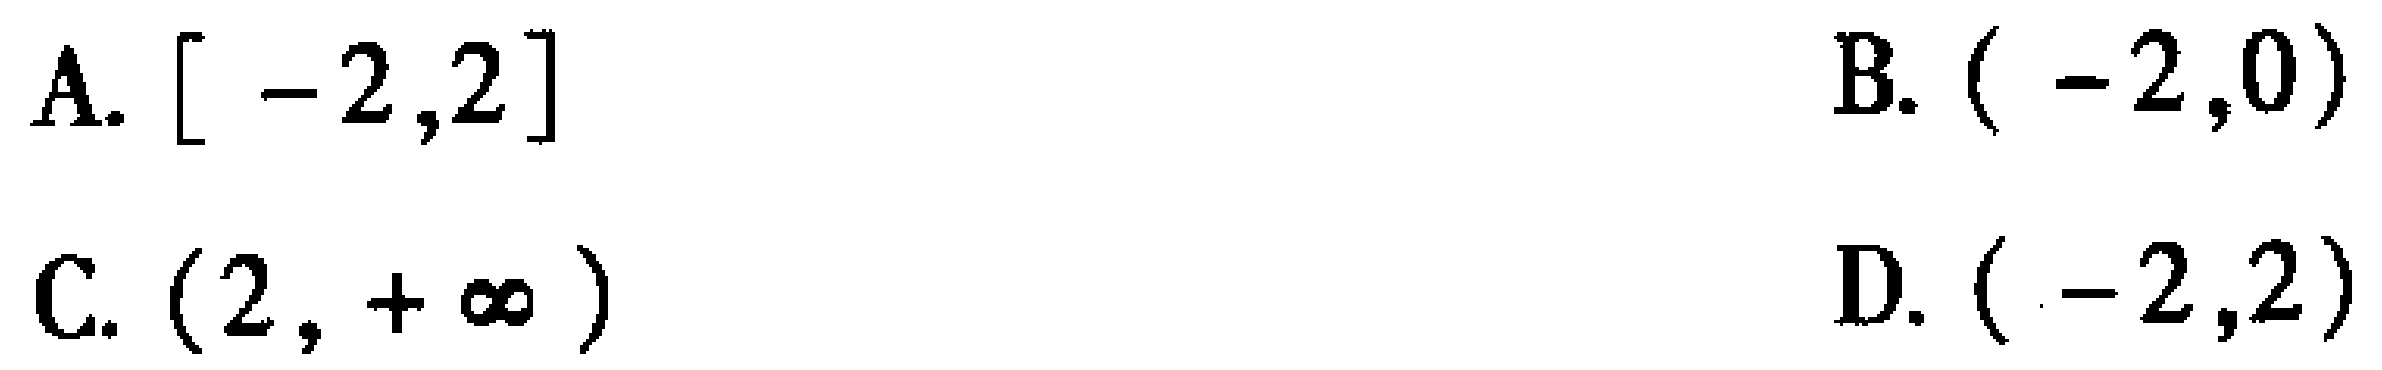
A. $[ -2,2]$

B. $(-2,0)$

C. $(2,+\infty)$

D. $(-2,2)$